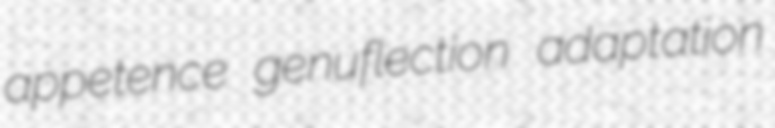
appetence genuflection adaptation